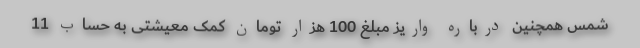
شمس همچنین درباره واریز مبلغ 100 هزار تومان کمک معیشتی به حساب 11